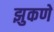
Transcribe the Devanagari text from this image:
झुकणे